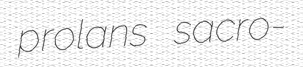
prolans sacro-